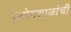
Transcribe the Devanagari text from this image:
प्रयोगशाळांची